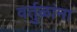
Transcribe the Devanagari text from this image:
वर्तुळांना